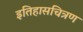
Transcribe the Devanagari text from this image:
इतिहासचित्रण